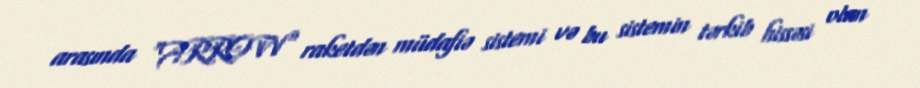
arasında "ARROW" raketdən müdafiə sistemi və bu sistemin tərkib hissəsi olan